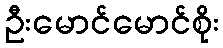
ဦးမောင်မောင်စိုး